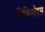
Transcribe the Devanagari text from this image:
विकिनोड्स